Report of the Hyderabad Chloroform Commission
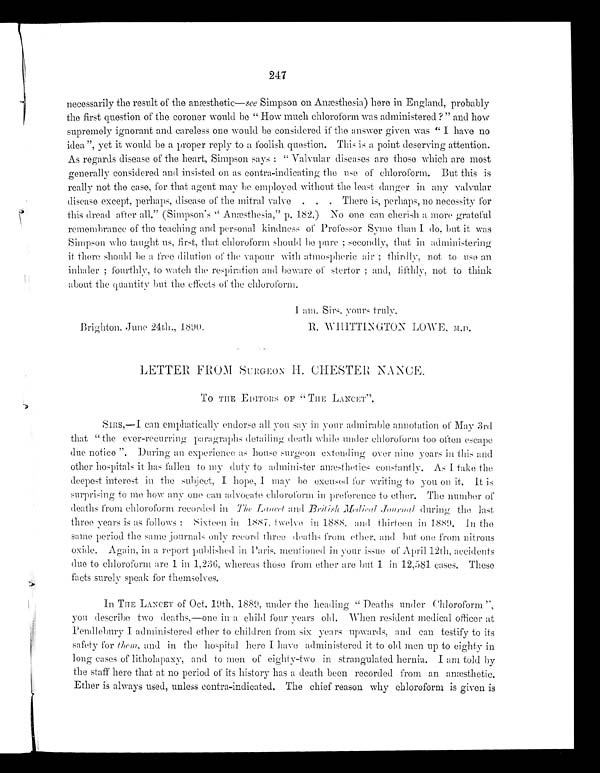
247
necessarily the result of the anæsthetic— see Simpson on Anæsthesia) here in England, probably
the first question of the coroner would be "How much chloroform was administered?" and how
supremely ignorant and careless one would be considered if the answer given was "I have no
idea.", yet it would be a proper reply to a foolish question. This is a point deserving attention.
As regards disease of the heart, Simpson says: "Valvular diseases are those which are most
generally considered and insisted on as contra-indicating the use of chloroform. But this is
really not the case, for that agent may be employed without the least danger in any valvular
disease except, perhaps, disease of the mitral valve . . . There is, perhaps, no necessity for
this dread after all." (Simpson's "Anæsthesia," p. 182.) No one can cherish a more grateful
remembrance of the teaching and personal kindness of Professor Syme than I do, but it was
Simpson who taught us, first, that chloroform should be pure; secondly, t h a t
i n
a d m i n i s t e r i n g
it there should be a free dilution of the vapour with atmospheric air; thirdly, not to use an
inhaler; fourthly, to watch the respiration and beware of stertor; and, fifthly, not to think
about the quantity but the effects of the chloroform.
I am. Sirs, yours truly,
Brighton, June 24th., 1890.
R. WHITTINGTON LOW E,
LETTER FROM SURGEON H. CHESTER NAN
To THE EDITORS OF "THE LANCET"
SIRS,— I can emphatically endorse all you say in your admirable annotation of May 3rd
that "the ever-recurring paragraphs detailing death while u nder chloroform too o ften escape
due notice". During an experience as house surgeon extending over nine years in this and
other hospitals it has fallen to my duty to administer anæsthetics constantly. As I take the
deepest interest in the subject, I hope, I may be excused for writing to you on it. It is
surprising to me how any one can advocate chloroform in preference to ether. The number of
deaths from chloroform recorded in The Lancet
and British Medical Journal during the last
three years is as follows: Sixteen in 1887, twelve in 1888, and thirteens in 1889. In the
same period the same journals only record three deaths from ether, and but one from nitrous
oxide. Again, in a report published in Paris, mentioned in youri s s u e
o f A p r i l 1 2 t h , a c c i d e n t s
due to chloroform are 1 in 1,236, whereas those from ether are but 1 in 12,581 cases. These
facts surely speak for themselves.
In THE LANCET of Oct. 19th, 1889, under the heading "Death under Chloroform",
you describe two deaths,—one in a child four years old. When resident medical officer at
Pendlebury I administered ether to children from six years upwards, and can testify to its
safety for them, and in the hospital here I have administered it to old men up to eighty in
long cases of litholapaxy, and to men of eighty-two in strangulated hernia. I am told by
the staff here that at no period of its history has a death been recorded from an anæsthetic.
Ether is always used, unless contra-indicated. The chief reason why chloroform is given is